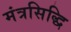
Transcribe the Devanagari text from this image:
मंत्रसिद्धि